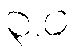
၃.ဝ